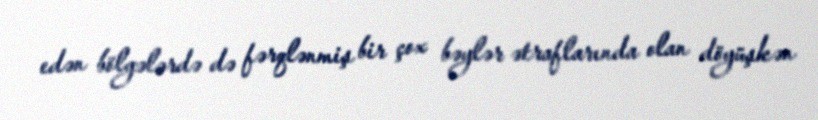
edən bölgələrdə də fərqlənmiş bir çox bəylər ətraflarında olan döyüşkən